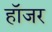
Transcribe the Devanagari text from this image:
हॉजर